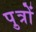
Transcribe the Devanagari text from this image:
पु़त्रों